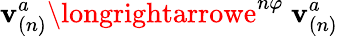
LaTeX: \mathbf{v}_{(n)}^{a}\longrightarrowe^{n\varphi}\ \mathbf{v}_{(n)}^{a}